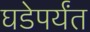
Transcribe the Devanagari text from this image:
घडेपर्यंत